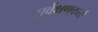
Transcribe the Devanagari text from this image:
सर्वेक्षणकर्त्ता